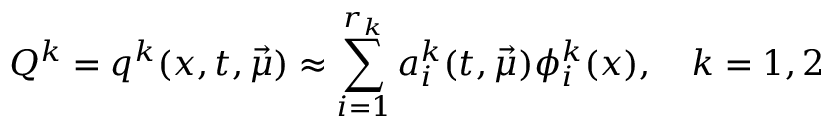
Q ^ { k } = q ^ { k } ( x , t , \vec { \mu } ) \approx \sum _ { i = 1 } ^ { r _ { k } } a _ { i } ^ { k } ( t , \vec { \mu } ) \phi _ { i } ^ { k } ( x ) , \quad k = 1 , 2